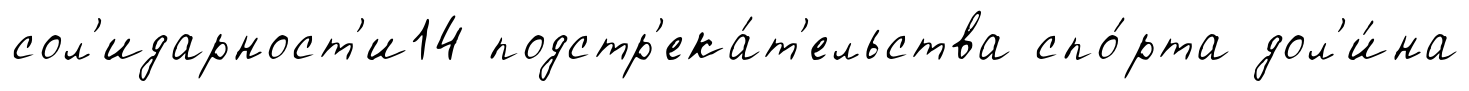
сол'идарност'и14 подстр'ека́т'ельства спо́рта дол'и́на